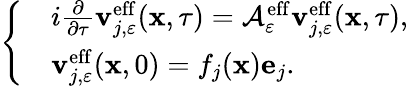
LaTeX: \left\{ \begin{array}{rl}&{i\frac{\partial}{\partial\tau}\mathbf{v}_{j,\varepsilon}^{\mathrm{eff}}(\mathbf{x},\tau)=\mathcal{A}_{\varepsilon}^{\mathrm{eff}}\mathbf{v}_{j,\varepsilon}^{\mathrm{eff}}(\mathbf{x},\tau),}\\ &{\mathbf{v}_{j,\varepsilon}^{\mathrm{eff}}(\mathbf{x},0)=f_{j}(\mathbf{x})\mathbf{e}_{j}.}\end{array}\right.